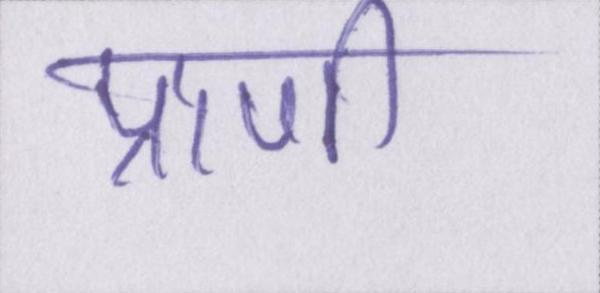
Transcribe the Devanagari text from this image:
प्राणी